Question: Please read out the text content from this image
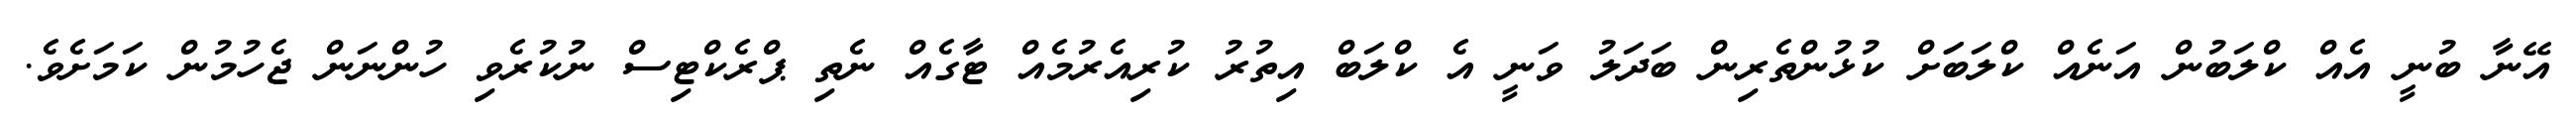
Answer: އޭނާ ބުނީ އެއް ކްލަބުން އަނެއް ކްލަބަަށް ކުޅުންތެރިން ބަދަލު ވަނީ އެ ކްލަބް އިތުރު ކުރިއެރުމެއް ޓާގެއް ނެތި ޕްރެކްޓިސް ނުކުރެވި ހުންނަން ޖެހުމުން ކަމަށެވެ.